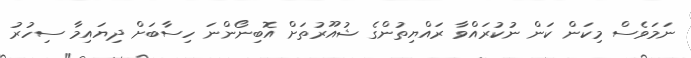
ނަމަވެސް މިކަން ކަން ނުކުރައްވާ ރައްޔިތުންގެ ޝުއޫރުތަށް އޮބިނޯންނަ ހިސާބަށް ދިޔައިމާ ސިހުރު